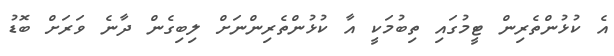
އެ ކުޅުންތެރިން ޓީމުގައި ތިބުމަކީ އާ ކުޅުންތެރިންނަށް ލިބިގެން ދާނެ ވަރަށް ބޮޑު